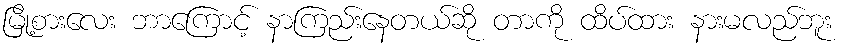
မြို့စားလေး ဘာကြောင့် နာကြည်းနေတယ်ဆို တာကို ထိပ်ထား နားမလည်ဘူး